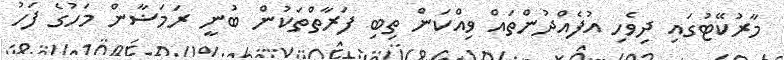
މާރުކޭޓުގައި ދިވެހި އުފެއްދުންތައް ވިއްކަން ތިބި ފަރާތްތަކުން ބުނީ ރަމަޟާން މަހުގެ ފަހު